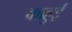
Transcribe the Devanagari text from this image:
काहुई